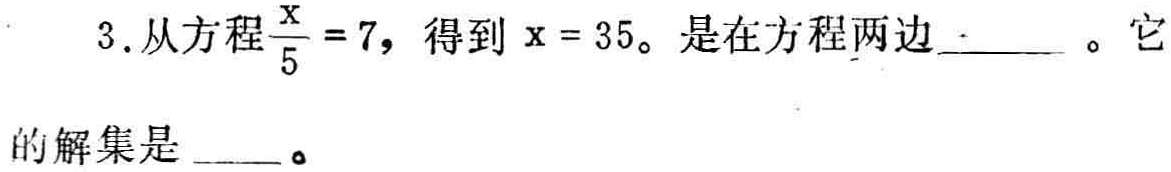
3.从方程$\frac{x}{5}=7$，得到$x = 35$。是在方程两边  。它的解集是  。